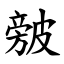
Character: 㿶